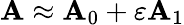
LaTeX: \mathbf{A}\approx\mathbf{A}_{0}+\varepsilon\mathbf{A}_{1}